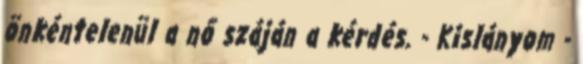
önkéntelenül a nő száján a kérdés. - Kislányom -